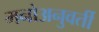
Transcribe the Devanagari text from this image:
मनोअनुवर्ती